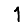
Digit: 1